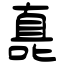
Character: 嗭